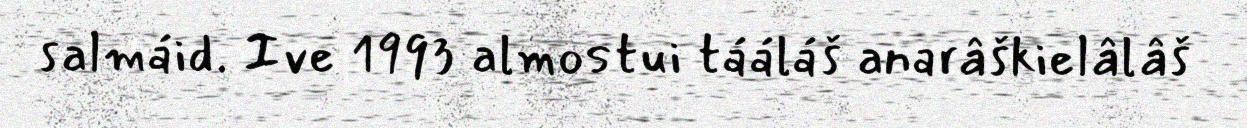
salmáid. Ive 1993 almostui tááláš anarâškielâlâš